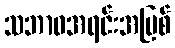
သဘာဝအရင်းအမြစ်